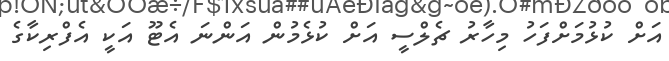
އަށް ކުޅުމަށްފަހު މިހާރު ޗެލްސީ އަށް ކުޅެމުން އަންނަ އެޓޫ އަކީ އެފްރިކާގެ